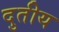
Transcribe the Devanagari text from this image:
दुतीय